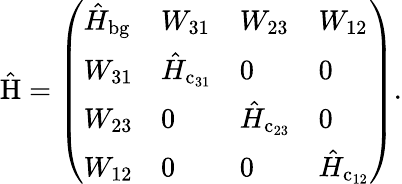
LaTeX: \mathrm{\hat{H}}=\left(\begin{array}{llll}{\hat{H}_{\mathrm{bg}}}&{W_{31}}&{W_{23}}&{W_{12}}\\ {W_{31}}&{\hat{H}_{\mathrm{c}_{31}}}&{0}&{0}\\ {W_{23}}&{0}&{\hat{H}_{\mathrm{c}_{23}}}&{0}\\ {W_{12}}&{0}&{0}&{\hat{H}_{\mathrm{c}_{12}}}\end{array}\right).